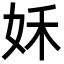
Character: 姀